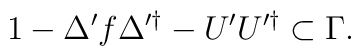
1-\Delta'f\Delta'^\dag-U'U'^\dag\subset\Gamma.